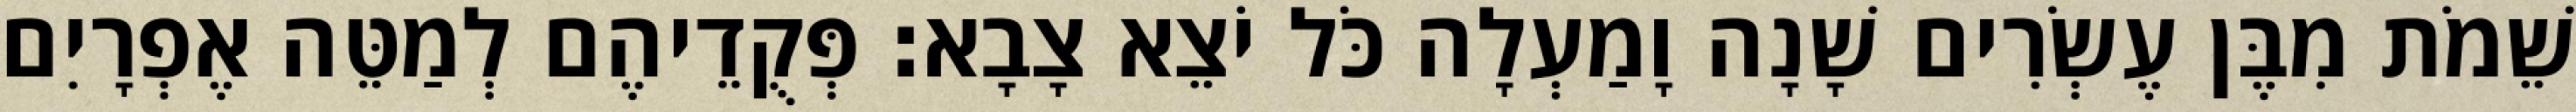
שֵׁמֹת מִבֶּן עֶשְׂרִים שָׁנָה וָמַעְלָה כֹּל יֹצֵא צָבָא׃ פְּקֻדֵיהֶם לְמַטֵּה אֶפְרָיִם